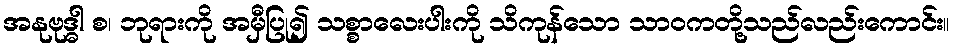
အနုဗုဒ္ဓါ စ၊ ဘုရားကို အမှီပြု၍ သစ္စာလေးပါးကို သိကုန်သော သာဝကတို့သည်လည်းကောင်း။